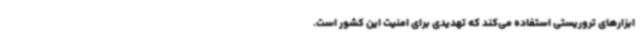
ابزارهای تروریستی استفاده می‌کند که تهدیدی برای امنیت این کشور است.